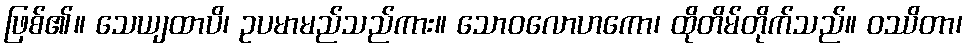
ဖြစ်၏။ သေယျထာပိ၊ ဥပမာမည်သည်ကား။ သောဝလောဟကော၊ ထိုတိမ်တိုက်သည်။ ဝဿိတာ၊